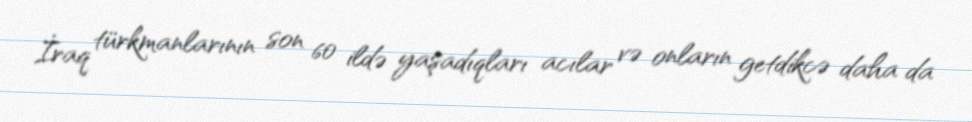
İraq türkmanlarının son 60 ildə yaşadıqları acılar və onların getdikcə daha da